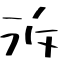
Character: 泝